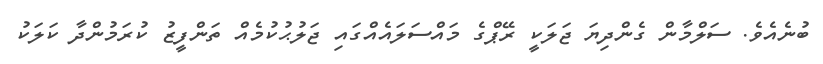
ބުނެއެވެ. ސަލްމާން ގެންދިޔަ ޖަލަކީ ރޭޕްގެ މައްސަލައެއްގައި ޖަލުޙުކުމެއް ތަންފީޒު ކުރަމުންދާ ކަލަކު